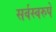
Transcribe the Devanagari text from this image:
सर्वस्वरुपे